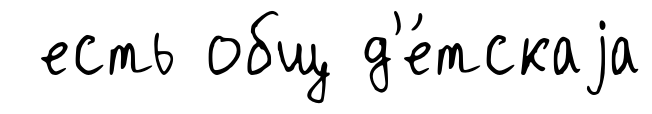
есть общ д'е́тскаjа